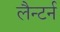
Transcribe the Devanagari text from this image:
लैन्टर्न